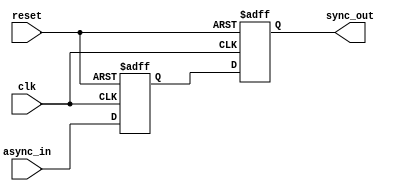
module two_ff_metastability_detector (
    input wire clk,          // Synchronous clock input
    input wire async_in,     // Asynchronous input signal
    input wire reset,        // Reset signal
    output wire sync_out     // Synchronized output signal
);

// Internal wires for the output of the flip-flops
wire out1, out2;

// First Flip-Flop (FF1) to sample the asynchronous input
reg ff1_reg;
always @(posedge clk or posedge reset) begin
    if (reset) begin
        ff1_reg <= 1'b0; // Initialize to a known state on reset
    end else begin
        ff1_reg <= async_in; // Sample the asynchronous input
    end
end

assign out1 = ff1_reg; // Output of FF1

// Second Flip-Flop (FF2) to sample the output of FF1
reg ff2_reg;
always @(posedge clk or posedge reset) begin
    if (reset) begin
        ff2_reg <= 1'b0; // Initialize to a known state on reset
    end else begin
        ff2_reg <= out1; // Sample the output of FF1
    end
end

assign sync_out = ff2_reg; // Final synchronized output

endmodule